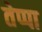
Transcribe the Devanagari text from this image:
तेप्पा